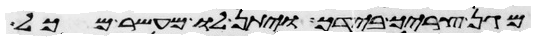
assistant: מגן צריך בידך ויתן לו מעשר מכל